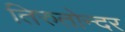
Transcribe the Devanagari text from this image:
तिरुतोन्दर